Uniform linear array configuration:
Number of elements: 24
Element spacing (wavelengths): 0.25
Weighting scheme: hann
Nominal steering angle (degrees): -30
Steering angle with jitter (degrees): -28.361
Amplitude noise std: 0.05
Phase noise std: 0.05

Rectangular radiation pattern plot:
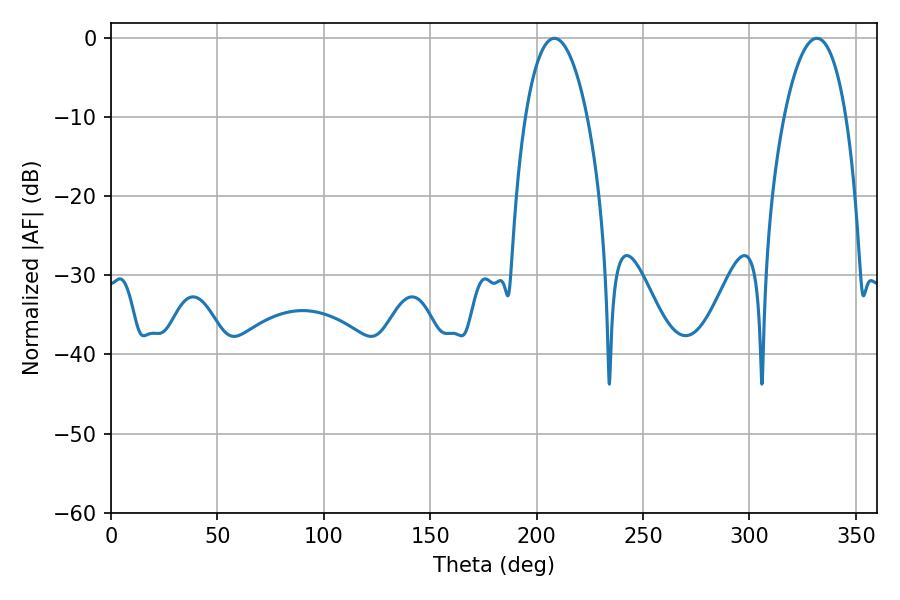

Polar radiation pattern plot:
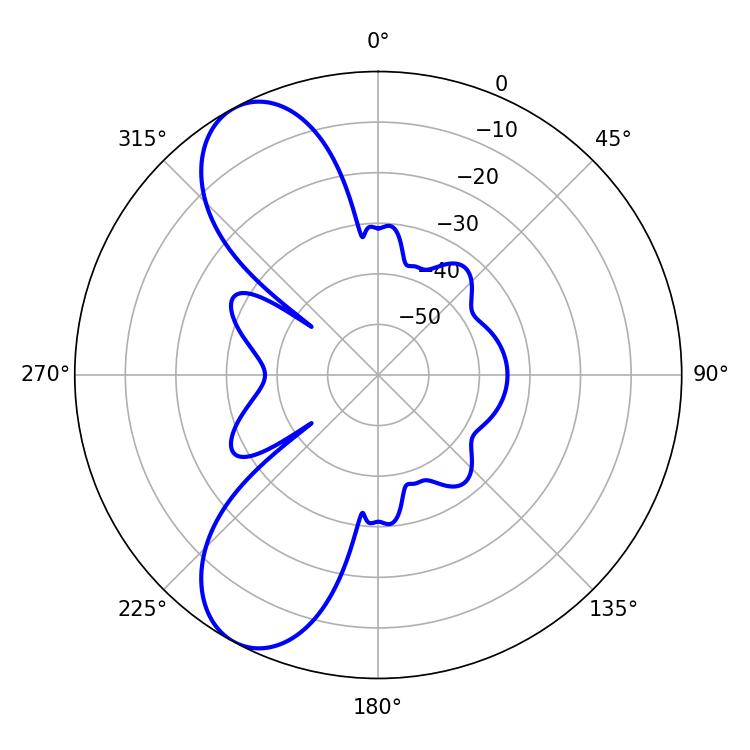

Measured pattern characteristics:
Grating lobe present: FALSE
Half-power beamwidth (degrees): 16.2
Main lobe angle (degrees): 331.74